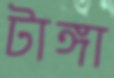
টাঙ্গা